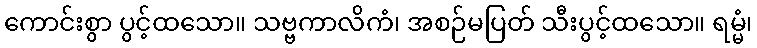
ကောင်းစွာ ပွင့်ထသော။ သဗ္ဗကာလိကံ၊ အစဉ်မပြတ် သီးပွင့်ထသော။ ရမ္မံ၊